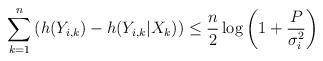
LaTeX: \begin{align*}\sum_{k=1}^n \left(h(Y_{i,k})- h(Y_{i,k}|X_k) \right) \le \frac{n}{2}\log\left(1+\frac{P}{\sigma_i^2}\right) \end{align*}